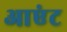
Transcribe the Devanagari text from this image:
आएंट